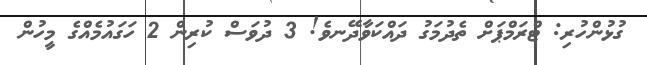
ގުޅުންހުރި: ޓްރަމްޕަށް ތެދުމަގު ދައްކަވާދޭނވެ! 3 ދުވަސް ކުރިން 2 ހަގައުމެއްގެ މީހުން